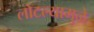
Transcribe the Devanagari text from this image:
लोटल्यामुळे